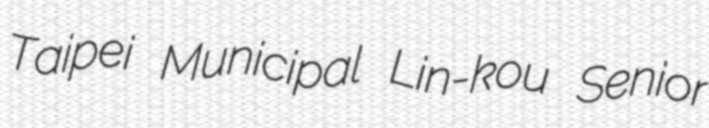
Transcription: Taipei Municipal Lin-kou Senior